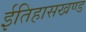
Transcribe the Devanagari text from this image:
ईतिहासखण्ड